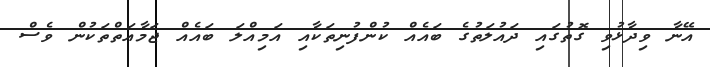
އޭނާ ވިދާޅުވި ގޮތުގައި ދައުލަތުގެ ބައެއް ކުންފުނިތަކާއި އަމިއްލަ ބައެއް ޖަމާއަތްތަކުން ވެސް